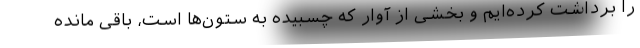
را برداشت کرده‌ایم و بخشی از آوار که چسبیده به ستون‌ها است، باقی مانده